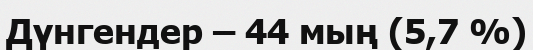
Дүнгендер – 44 мың (5,7 %)